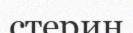
стерин